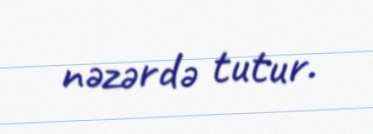
nəzərdə tutur.